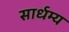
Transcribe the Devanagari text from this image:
सार्धम्य